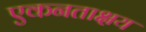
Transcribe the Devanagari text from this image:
एकनताक्षय